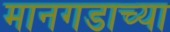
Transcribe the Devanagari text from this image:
मानगडाच्या